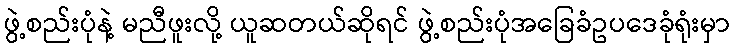
ဖွဲ့စည်းပုံနဲ့ မညီဖူးလို့ ယူဆတယ်ဆိုရင် ဖွဲ့စည်းပုံအခြေခံဥပဒေခုံရုံးမှာ